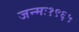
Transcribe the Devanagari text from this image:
जन्मः१९६५